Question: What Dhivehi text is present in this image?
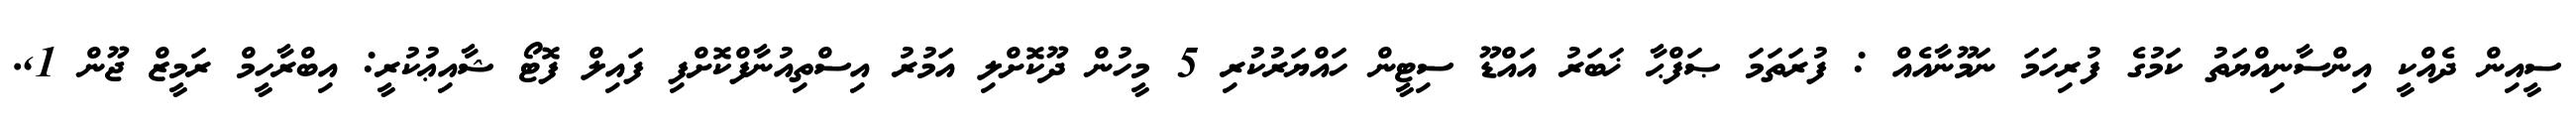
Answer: ސީއިން ދެއްކީ އިންސާނިއްޔަތު ކަމުގެ ފުރިހަމަ ނަމޫނާއެއް : ފުރަތަމަ ޞަފްޙާ ޚަބަރު އައްޑޫ ސިޓީން ހައްޔަރުކުރި 5 މީހުން ދޫކޮށްލި އަމުރު އިސްތިއުނާފްކޮށްފި ފައިލް ފޮޓޯ ޝާއިޢުކުރީ: އިބްރާހީމް ރަމީޒް ޖޫން 1,.